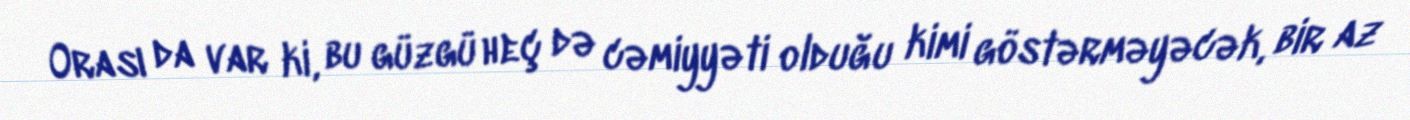
Orası da var ki, bu güzgü heç də cəmiyyəti olduğu kimi göstərməyəcək, bir az